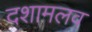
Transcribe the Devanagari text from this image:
दशामलव